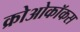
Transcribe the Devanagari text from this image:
क्रोओकॉकस